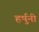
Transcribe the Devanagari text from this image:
हर्षुनी